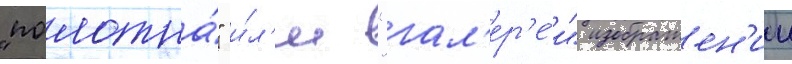
"полотна́" и́л'и "гал'ер'е́и" изображен'ии